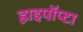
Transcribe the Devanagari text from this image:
हाइपॉप्टा